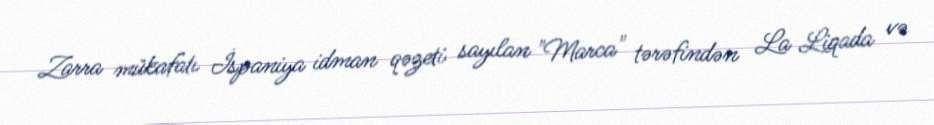
Zarra mükafatı İspaniya idman qəzeti sayılan "Marca" tərəfindən La Liqada və